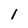
Character: 1